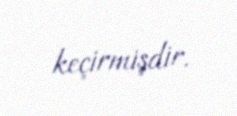
keçirmişdir.